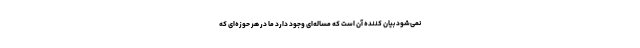
نمی‌شود بیان کننده آن است که مساله‌ای وجود دارد ما در هر حوزه‌ای که